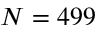
N = 4 9 9